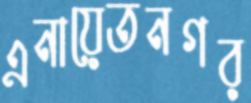
এনায়েতনগর